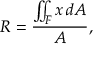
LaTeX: R = { \frac { \iint _ { F } x \, d A } { A } } ,